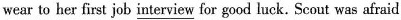
wear to her first job \underline{interview} for good luck. Scout was afraid